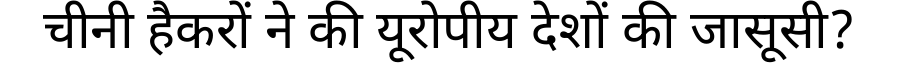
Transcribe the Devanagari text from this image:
चीनी हैकरों ने की यूरोपीय देशों की जासूसी?